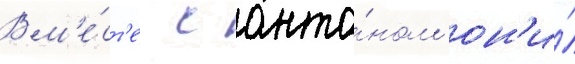
Вм'е́ст'е с анто́ном он'и́